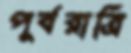
পূর্বরাত্রি